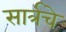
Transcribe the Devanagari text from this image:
सार्त्रचे